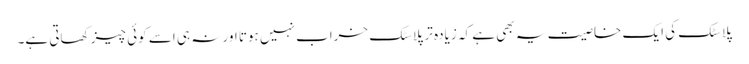
پلاسٹک کی ایک خاصیت یہ بھی ہے کہ زیادہ تر پلاسٹک خراب نہیں ہوتا اور نہ ہی اسے کوئی چیز کھاتی ہے۔